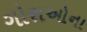
ગોરાઓના